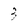
Character: 3